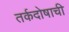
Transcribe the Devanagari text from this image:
तर्कदोषाची